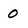
Character: 0